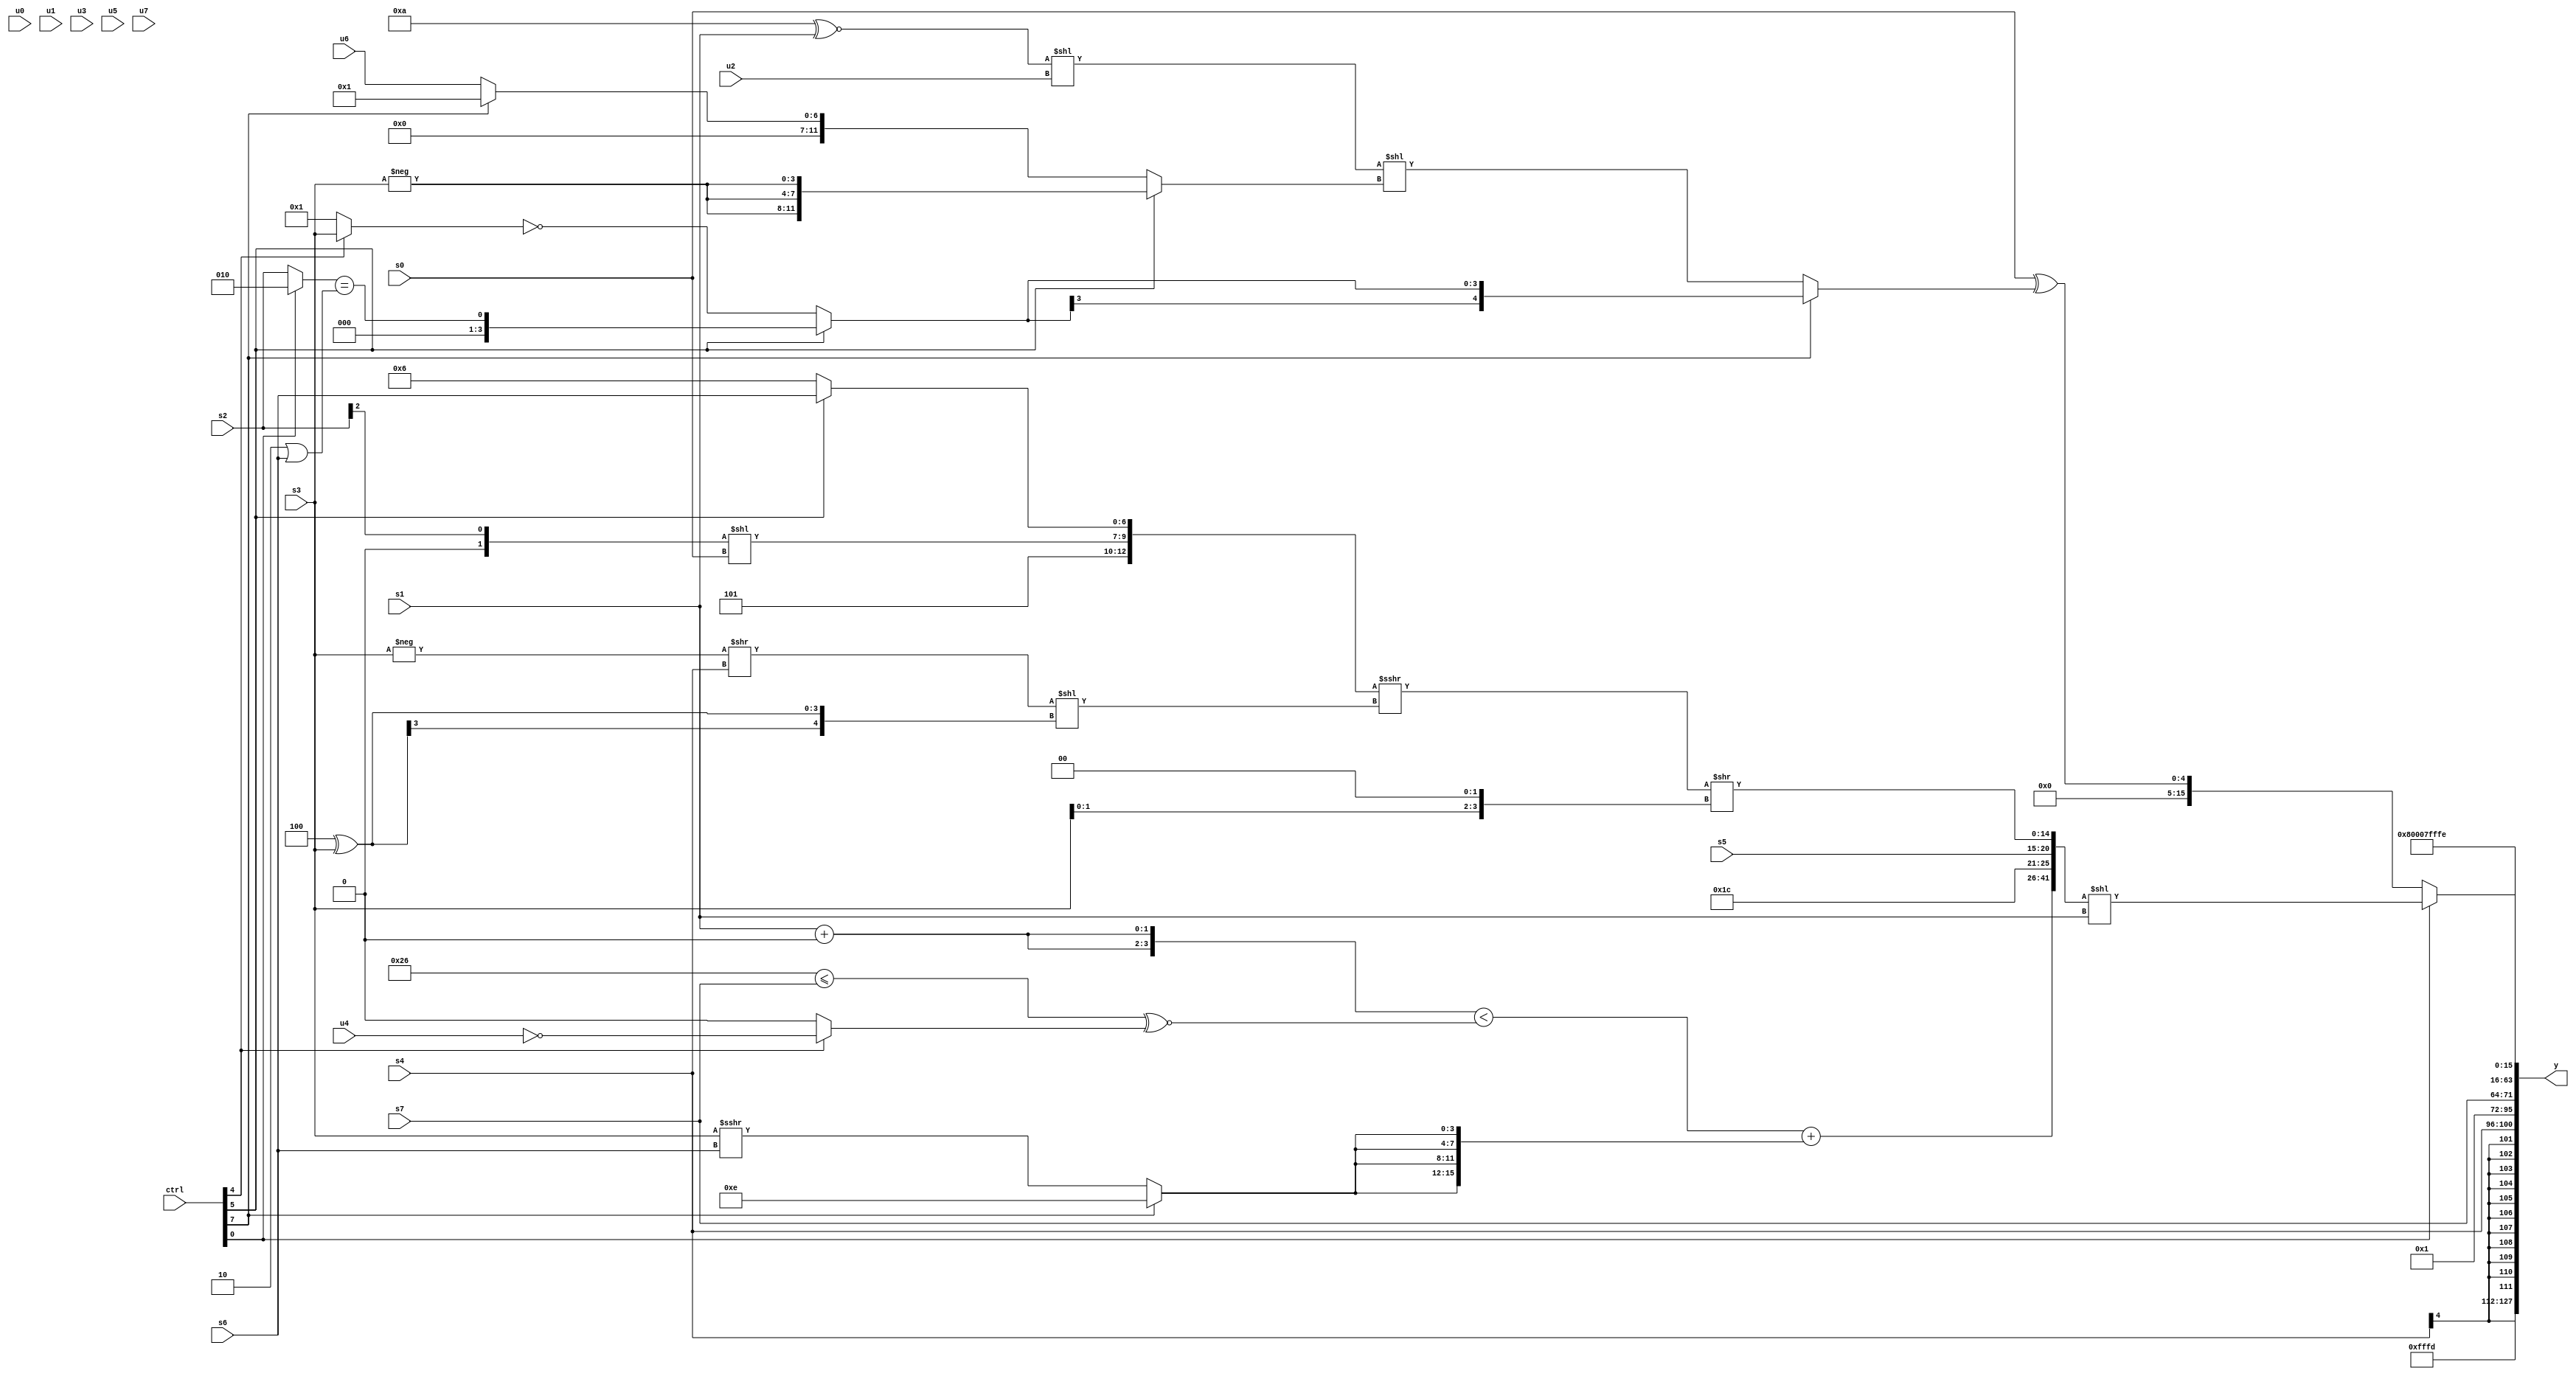
module wideexpr_00655(ctrl, u0, u1, u2, u3, u4, u5, u6, u7, s0, s1, s2, s3, s4, s5, s6, s7, y);
  input [7:0] ctrl;
  input [0:0] u0;
  input [1:0] u1;
  input [2:0] u2;
  input [3:0] u3;
  input [4:0] u4;
  input [5:0] u5;
  input [6:0] u6;
  input [7:0] u7;
  input signed [0:0] s0;
  input signed [1:0] s1;
  input signed [2:0] s2;
  input signed [3:0] s3;
  input signed [4:0] s4;
  input signed [5:0] s5;
  input signed [6:0] s6;
  input signed [7:0] s7;
  output [127:0] y;
  wire [15:0] y0;
  wire [15:0] y1;
  wire [15:0] y2;
  wire [15:0] y3;
  wire [15:0] y4;
  wire [15:0] y5;
  wire [15:0] y6;
  wire [15:0] y7;
  assign y = {y0,y1,y2,y3,y4,y5,y6,y7};
  assign y0 = 3'sb101;
  assign y1 = s4;
  assign y2 = 4'b0000;
  assign y3 = {1'sb1,s7};
  assign y4 = 5'sb01000;
  assign y5 = {+($signed(3'sb111))};
  assign y6 = -(4'sb0010);
  assign y7 = (ctrl[0]?({(({2{((s1)+(2'b00))<<<((1'b0)<<(4'sb0001))}})<((^((6'sb100110)<=(s7)))^~((ctrl[4]?!(u4):~|(5'sb10000)))))+({4{(ctrl[7]?2'sb10:(+(s3))>>>((s6)>>>(5'b00000)))}}),-(5'b00100),{1{$signed(s5)}},(({2'sb00,3'sb101,((s2)>>(3'b010))<<($signed(s0)),$unsigned((ctrl[5]?s6:4'sb0110))})>>>(((-(s3))>>((s4)<<(1'sb0)))<<($signed((5'sb11100)^(s3)))))>>((s3)<<({2'sb10}))})<<(s1):{(s0)^((ctrl[7]?$signed((ctrl[5]?((ctrl[0]?3'sb010:s2))==((4'sb1110)|(s6)):~((ctrl[4]?s3:1'b1)))):(+(((5'sb01010)^~(s1))<<(u2)))<<((ctrl[5]?{3{-(s3)}}:(ctrl[7]?~&(3'sb001):$unsigned(u6))))))});
endmodule